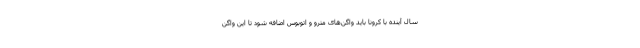
سال آینده با کرونا باید واگن‌های مترو و اتوبوس اضافه شود تا این واگن